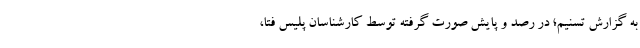
به گزارش تسنیم؛ در رصد و پایش صورت گرفته توسط کارشناسان پلیس فتا،